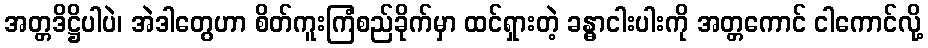
အတ္တဒိဋ္ဌိပါပဲ၊ အဲဒါတွေဟာ စိတ်ကူးကြံစည်ခိုက်မှာ ထင်ရှားတဲ့ ခန္ဓာငါးပါးကို အတ္တကောင် ငါကောင်လို့